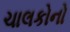
ચાલકોનો